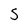
Character: 5